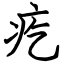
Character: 疙